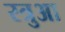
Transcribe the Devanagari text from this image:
स्त्रुआ